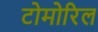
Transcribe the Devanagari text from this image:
टोमोरिल